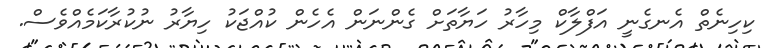
ކިހިނެތް އެނގެނީ އަފްލާކް މިހާރު ހަޔާތަށް ގެންނަން އެހެން ކުއްޖަކު ހިޔާރު ނުކުރާކަމެއްވެސް.